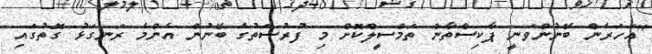
"އަހަރެން ބޭނުންވަނީ ޕާކިސްތާން ތަމްސީލްކޮށް މި ފުރުސަތުގެ ބޭނުން އެންމެ ރަނގަޅު ގޮތުގައި